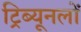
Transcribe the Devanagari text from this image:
ट्रिब्यूनलों